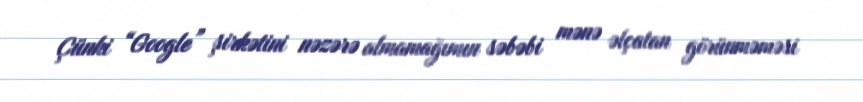
Çünki “Google” şirkətini nəzərə almamağımın səbəbi mənə əlçatan görünməməsi